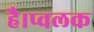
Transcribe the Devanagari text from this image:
है।प्वलक